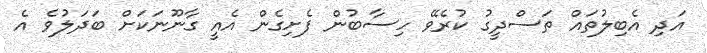
އަދި އެބިލުތައް ތަސްދީގު ކުރެވޭ ހިސާބުން ފެށިގެން އެއީ ގާނޫނަކަށް ބަދަލުވެ އެ